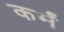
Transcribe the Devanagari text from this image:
कर्मं